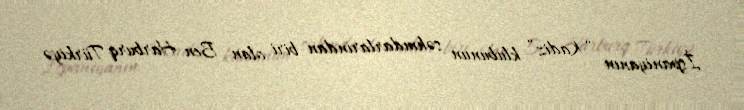
İspaniyanın “Kadiz” klubunun səhmdarlarından biri olan Ben Harburq Türkiyə